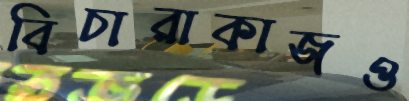
বিচারাকাজও